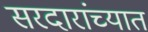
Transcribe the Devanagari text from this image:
सरदारांच्यात